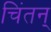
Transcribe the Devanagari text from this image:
चिंतन्